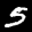
Label: 5